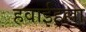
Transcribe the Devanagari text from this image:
हवाईहल्ला